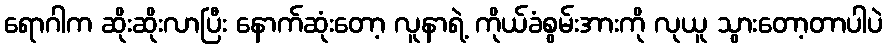
ရောဂါက ဆိုးဆိုးလာပြီး နောက်ဆုံးတော့ လူနာရဲ့ ကိုယ်ခံစွမ်းအားကို လုယူ သွားတော့တာပါပဲ